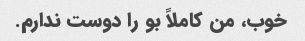
خوب، من کاملاً بو را دوست ندارم.